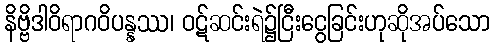
နိဗ္ဗိဒါဝိရာဂဝိပန္နဿ၊ ဝဋ်ဆင်းရဲ၌ငြီးငွေခြင်းဟုဆိုအပ်သော